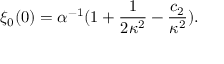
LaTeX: \xi _ { 0 } ( 0 ) = \alpha ^ { - 1 } ( 1 + \frac { 1 } { 2 \kappa ^ { 2 } } - \frac { c _ { 2 } } { \kappa ^ { 2 } } ) .